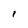
Character: I